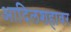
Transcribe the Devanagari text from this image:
आदिलशहावर